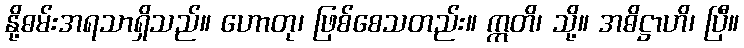
နို့ဓမ်းအရသာရှိသည်။ ဟောတု၊ ဖြစ်စေသတည်း။ ဣတိ၊ သို့။ အဓိဋ္ဌာဟိ၊ ပြီ။